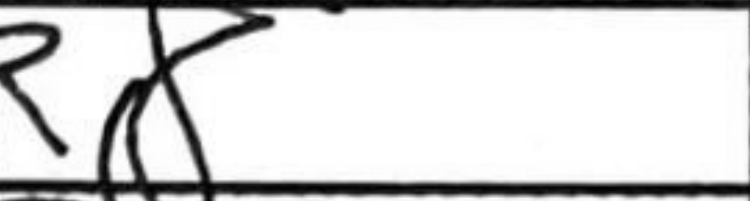
Transcription: Rc8